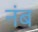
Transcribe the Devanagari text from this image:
नंब